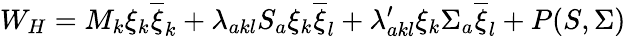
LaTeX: W_{H}=M_{k}\xi_{k}\overline{{{\xi}}}_{k}+\lambda_{akl}S_{a}\xi_{k}\overline{{{\xi}}}_{l}+\lambda_{akl}^{\prime}\xi_{k}\Sigma_{a}\overline{{{\xi}}}_{l}+P(S,\Sigma)